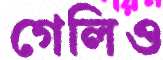
গেলিও